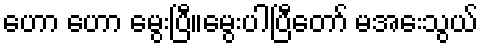
ဟော ဟော မွေးပြီ။မွေးပါပြီတော် မအေးသွယ်